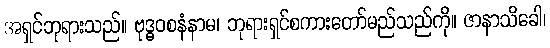
အရှင်ဘုရားသည်။ ဗုဒ္ဓဝစနံနာမ၊ ဘုရားရှင်စကားတော်မည်သည်ကို။ ဇာနာသိခေါ၊